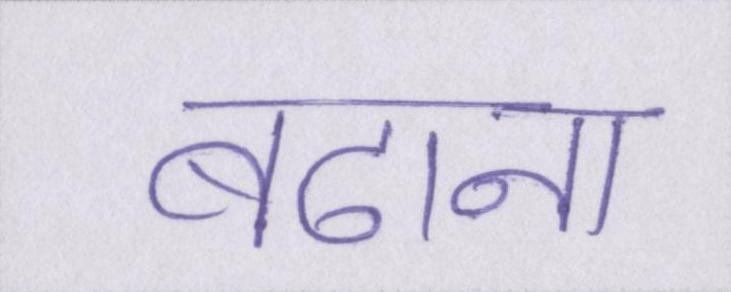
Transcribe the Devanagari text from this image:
बढाना